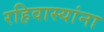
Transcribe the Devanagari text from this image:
रहिवास्यांना